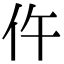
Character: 仵